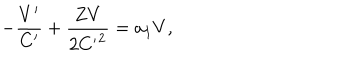
LaTeX: - \frac { V ^ { \prime } } { C ^ { \prime } } + \frac { Z V } { 2 { C ^ { \prime } } ^ { 2 } } = a _ { 1 } V ,